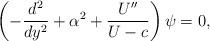
LaTeX: \begin{align*}\left( -\frac{d^{2}}{dy^{2}}+\alpha^{2}+\frac{U^{\prime\prime}}{U-c}\right)\psi=0, \end{align*}